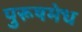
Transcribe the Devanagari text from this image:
पुरूषमेध